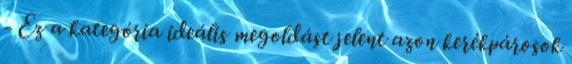
- Ez a kategória ideális megoldást jelent azon kerékpárosok